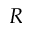
R